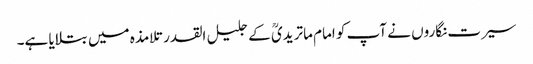
سیرت نگاروں نے آپ کو امام ماتریدیؒ کے جلیل القدر تلامذہ میں بتلایا ہے۔